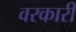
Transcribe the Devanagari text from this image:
वरकारी